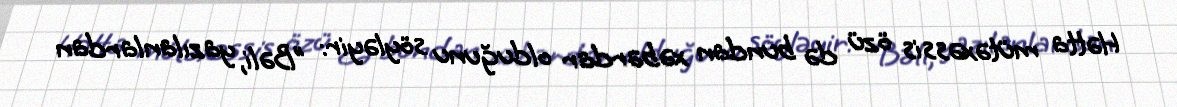
Hətta mütəxəssis özü də bundan xəbərdar olduğunu söyləyir: "Bəli, yazılanlardan